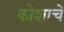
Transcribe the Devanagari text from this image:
कोशाचें